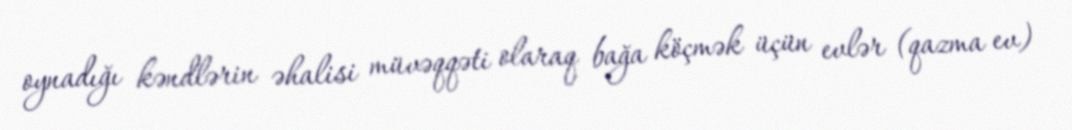
oynadığı kəndlərin əhalisi müvəqqəti olaraq bağa köçmək üçün evlər (qazma ev)